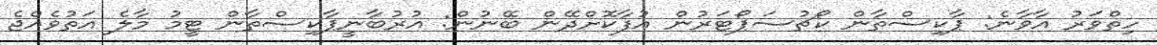
ހިތްވަރު އާވާނެ: ޕާކިސްތާން ކޯޗުސަޕޯޓަރުން އުފާކޮށްދޭން ބޭނުން: އުރުބާނީޕާކިސްތާން ޓީމު މާލެ އަތުވެއްޖެ